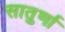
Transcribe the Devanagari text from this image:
सातुर्णा